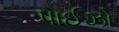
પાઈઝો